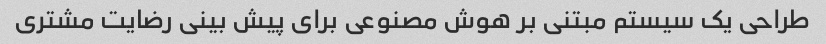
طراحی یک سیستم مبتنی بر هوش مصنوعی برای پیش بینی رضایت مشتری